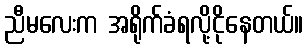
ညီမလေးက အရိုက်ခံရလို့ငိုနေတယ်။